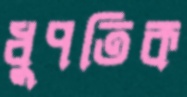
ধুপতিক